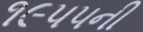
૧૯૫૫ની